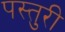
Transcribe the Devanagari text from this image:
पस्तुरी